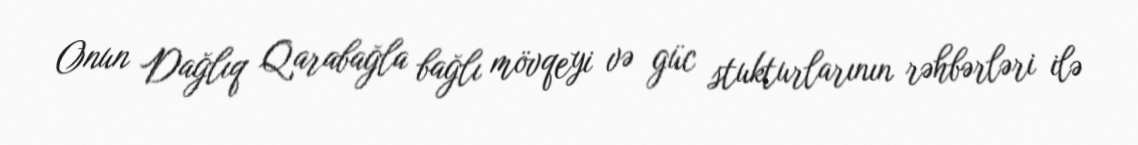
Onun Dağlıq Qarabağla bağlı mövqeyi və güc stukturlarının rəhbərləri ilə